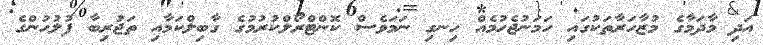
އަދި މާދަމާގެ މުޒާހަރާތަކުގައި ހަމަނުޖެހުމެއް ހިނގި ނަމަވެސް ކޮންޓްރޯލްކުރުމުގެ ގާބިލްކަމާއި ތަޖުރިބާ ފުލުހުންގެ